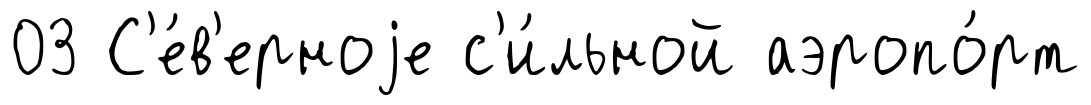
03 С'е́в'ерноjе с'и́льной аэропо́рт